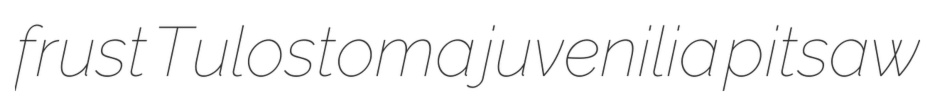
frust Tulostoma juvenilia pitsaw